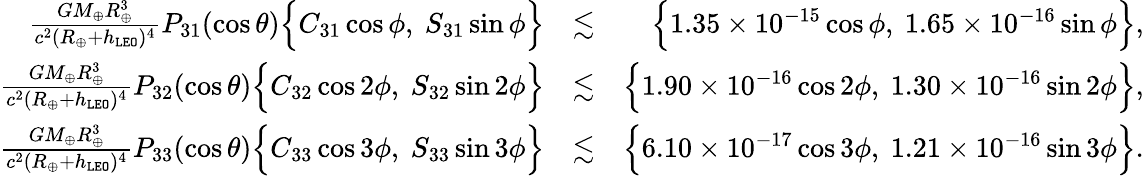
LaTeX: \begin{array}{rlr}{\frac{GM_{\oplus}R_{\oplus}^{3}}{c^{2}(R_{\oplus}+h_{\tt LEO})^{4}}P_{31}(\cos\theta)\Big\{ C_{31}\cos\phi,~S_{31}\sin\phi\Big\} }&{\lesssim}&{\Big\{ 1.35\times 10^{-15}\cos\phi,~1.65\times 10^{-16}\sin\phi\Big\} ,}\\ {\frac{GM_{\oplus}R_{\oplus}^{3}}{c^{2}(R_{\oplus}+h_{\tt LEO})^{4}}P_{32}(\cos\theta)\Big\{ C_{32}\cos 2\phi,~S_{32}\sin 2\phi\Big\} }&{\lesssim}&{\Big\{ 1.90\times 10^{-16}\cos 2\phi,~1.30\times 10^{-16}\sin 2\phi\Big\} ,}\\ {\frac{GM_{\oplus}R_{\oplus}^{3}}{c^{2}(R_{\oplus}+h_{\tt LEO})^{4}}P_{33}(\cos\theta)\Big\{ C_{33}\cos 3\phi,~S_{33}\sin 3\phi\Big\} }&{\lesssim}&{\Big\{ 6.10\times 10^{-17}\cos 3\phi,~1.21\times 10^{-16}\sin 3\phi\Big\} .}\end{array}